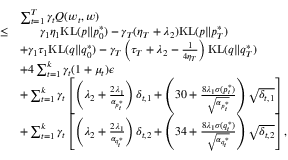
\begin{array} { r l } & { \sum _ { t = 1 } ^ { T } \gamma _ { t } Q ( w _ { t } , w ) } \\ { \leq } & { \ \ \ \ \ \gamma _ { 1 } \eta _ { 1 } \mathrm { K L } ( p \| p _ { 0 } ^ { * } ) - \gamma _ { T } ( \eta _ { T } + \lambda _ { 2 } ) \mathrm { K L } ( p \| p _ { T } ^ { * } ) } \\ & { + \gamma _ { 1 } \tau _ { 1 } \mathrm { K L } ( q \| q _ { 0 } ^ { * } ) - \gamma _ { T } \left( \tau _ { T } + \lambda _ { 2 } - \frac { 1 } { 4 \eta _ { T } } \right) \mathrm { K L } ( q \| q _ { T } ^ { * } ) } \\ & { + 4 \sum _ { t = 1 } ^ { k } \gamma _ { t } ( 1 + \mu _ { t } ) \epsilon } \\ & { + \sum _ { t = 1 } ^ { k } \gamma _ { t } \left[ \left( \lambda _ { 2 } + \frac { 2 \lambda _ { 1 } } { \alpha _ { p _ { t } ^ { * } } } \right) \delta _ { t , 1 } + \left( 3 0 + \frac { 8 \lambda _ { 1 } \sigma ( p _ { t } ^ { * } ) } { \sqrt { \alpha _ { p _ { t } ^ { * } } } } \right) \sqrt { \delta _ { t , 1 } } \right] } \\ & { + \sum _ { t = 1 } ^ { k } \gamma _ { t } \left[ \left( \lambda _ { 2 } + \frac { 2 \lambda _ { 1 } } { \alpha _ { q _ { t } ^ { * } } } \right) \delta _ { t , 2 } + \left( 3 4 + \frac { 8 \lambda _ { 1 } \sigma ( q _ { t } ^ { * } ) } { \sqrt { \alpha _ { q _ { t } ^ { * } } } } \right) \sqrt { \delta _ { t , 2 } } \right] , } \end{array}